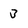
Character: 3